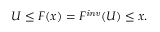
{ U \leq F ( x ) } = { F ^ { \mathit { i n v } } ( U ) \leq x } .